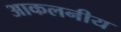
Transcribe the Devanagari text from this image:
आकलनीय